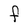
Character: f